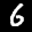
Label: 6